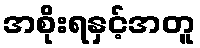
အစိုးရနှင့်အတူ